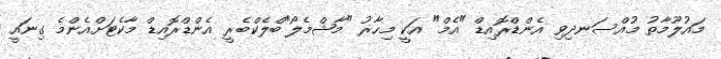
މައުލޫމާތު މުއްސަނދިވި އެންޑްރޮއިޑް "އެމް" އަކީ މިހާރު "މާޝްމެލޯ"ބްލެކްބެރީ އެންޑްރޮއިޑް މާކެޓަށްއެންމެ ގިނައީ